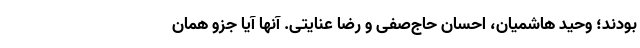
بودند؛ وحید هاشمیان، احسان حاج‌صفی و رضا عنایتی. آنها آیا جزو همان